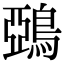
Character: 鵶